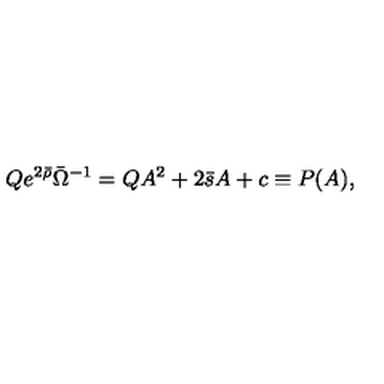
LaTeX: Q e ^ { 2 \bar { \rho } } \bar { \Omega } ^ { - 1 } = Q A ^ { 2 } + 2 \bar { s } A + c \equiv P ( A ) ,